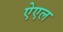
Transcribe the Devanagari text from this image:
ऐएल